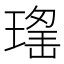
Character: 𱯗